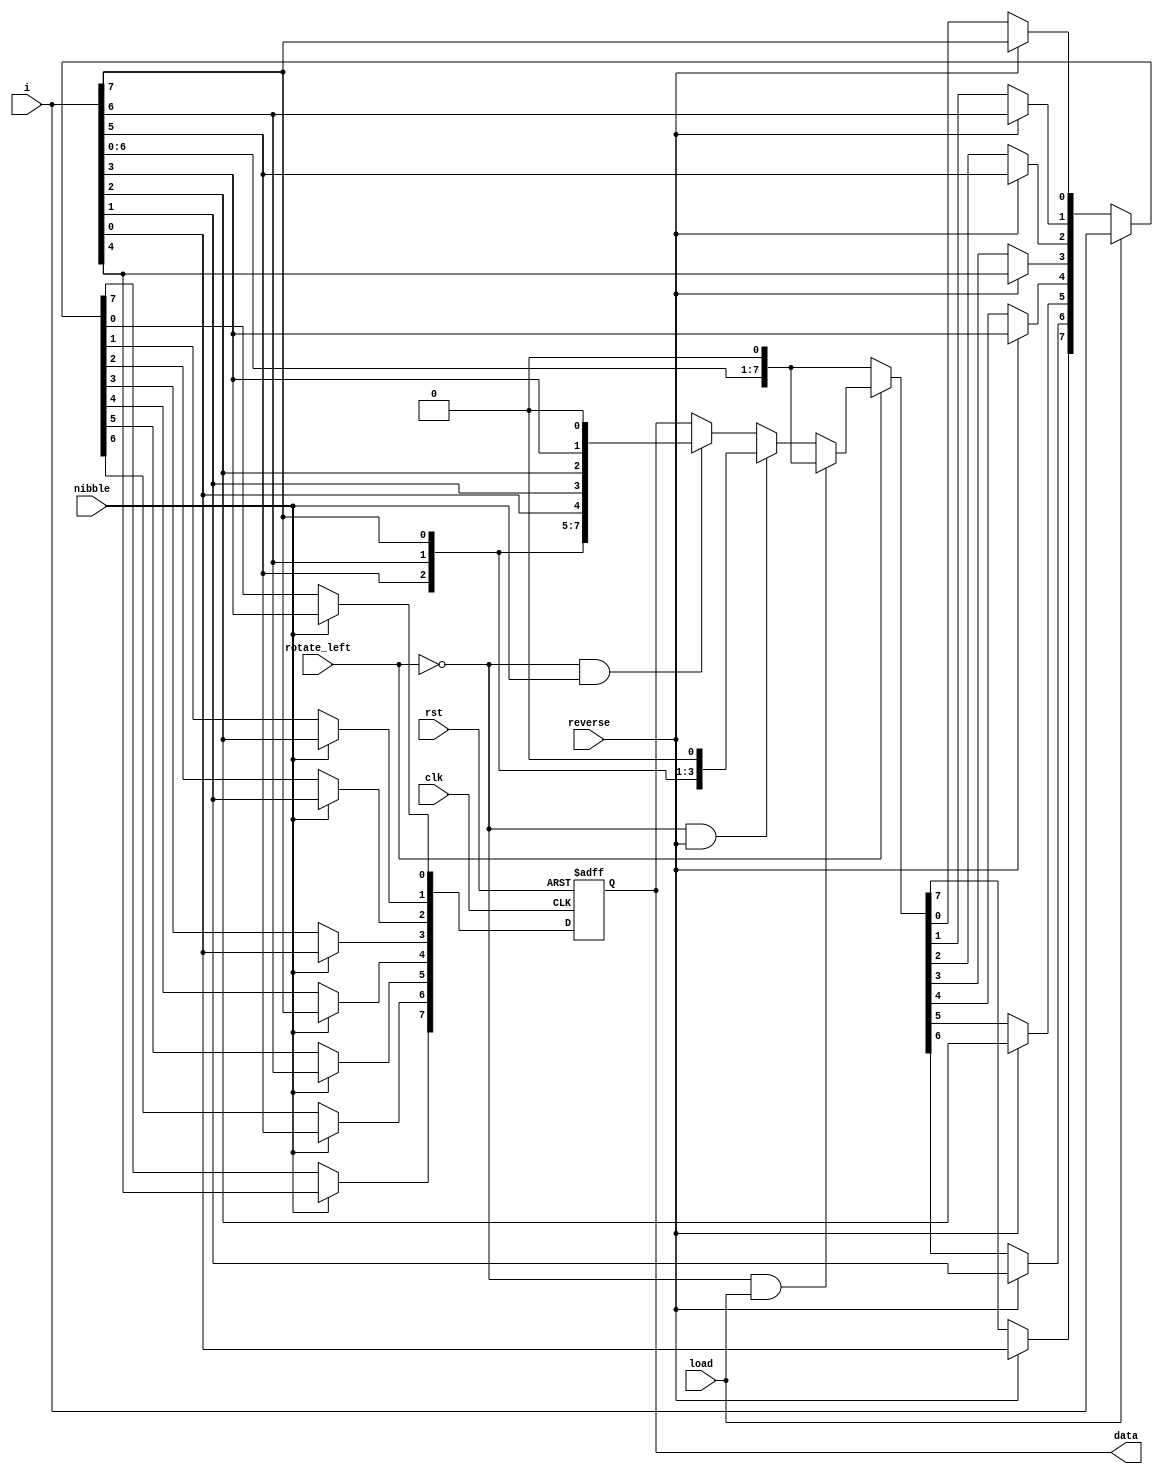
module register_8(
  input [7:0]i,
  input load, reverse, nibble, rotate_left, clk,rst,
  output reg [7:0] data
  );
  reg [7:0]a;
  always @(posedge clk, negedge rst) begin
    if(!rst)
      data='0;
    else
      begin
        if(nibble) begin
          data[7]=i[4];
          data[6]=i[5];
          data[5]=i[6];
          data[4]=i[7];
          data[3]=i[0];
          data[2]=i[1];
          data[1]=i[2];
          data[0]=i[3];
        end
        else if(load)
          data=i;
        else if(reverse) begin
        data[7]=i[0];
        data[6]=i[1];
        data[5]=i[2];
        data[4]=i[3];
        data[3]=i[4];
        data[2]=i[5];
        data[1]=i[6];
        data[0]=i[7];
      end
      else if(!rotate_left) begin
        data=i<<1;
      end
    else if(!rotate_left&&load)
      data=i<<1;
    else if(!rotate_left&&reverse) begin
        a[7]=i[0];
        a[6]=i[1];
        a[5]=i[2];
        a[4]=i[3];
        a[3]=i[4];
        a[2]=i[5];
        a[1]=i[6];
        a[0]=i[7];
        data=a<<1;
      end
    else if(!rotate_left&&nibble) begin
      data[7]=i[4];
          a[6]=i[5];
          a[5]=i[6];
          a[4]=i[7];
          a[3]=i[0];
          a[2]=i[1];
          a[1]=i[2];
          a[0]=i[3];
          data=a<<1;
    end
    end
  end
  endmodule